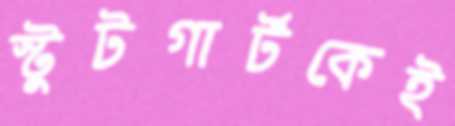
স্টুটগার্টকেই